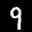
Label: 9